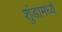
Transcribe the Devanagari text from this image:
शुंडामध्ये